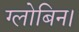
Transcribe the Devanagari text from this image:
ग्लोबिन।